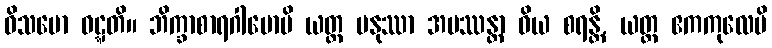
ဝိသမော ဝဋ္ဋတိ။ ဘိက္ခာစာရဂါမောပိ ယတ္ထ မနုဿာ အပဿန္တာ ဝိယ စရန္တိ, ယတ္ထ ဧကကုလေပိ